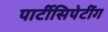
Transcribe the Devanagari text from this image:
पार्टीसिपेटींग